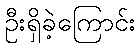
ဦးရှိခဲ့ကြောင်း